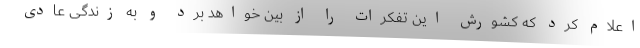
اعلام کرد که کشورش این تفکرات را از بین خواهد برد و به زندگی عادی